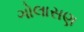
ગોલાસણ